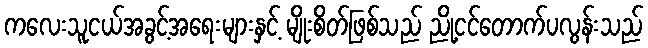
ကလေးသူငယ်အခွင့်အရေးများနှင့် မျိုးစိတ်ဖြစ်သည် ညို့ငင်တောက်ပလွန်းသည်